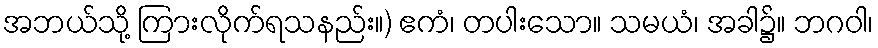
အဘယ်သို့ ကြားလိုက်ရသနည်း။) ဧကံ၊ တပါးသော။ သမယံ၊ အခါ၌။ ဘဂဝါ၊